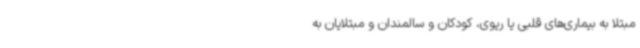
مبتلا به بیماری‌های قلبی یا ریوی، کودکان و سالمندان و مبتلایان به